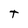
Character: T